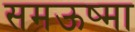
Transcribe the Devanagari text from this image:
समऊष्मा